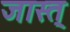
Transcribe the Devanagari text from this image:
जास्त्‌